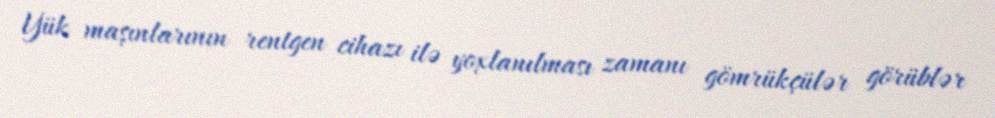
Yük maşınlarının rentgen cihazı ilə yoxlanılması zamanı gömrükçülər görüblər